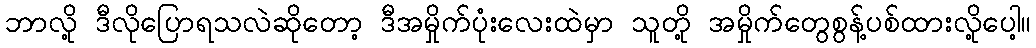
ဘာလို့ ဒီလိုပြောရသလဲဆိုတော့ ဒီအမှိုက်ပုံးလေးထဲမှာ သူတို့ အမှိုက်တွေစွန့်ပစ်ထားလို့ပေါ့။